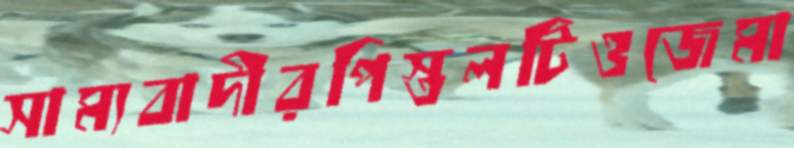
সাম্যবাদীরপিস্তলটিওজেমা